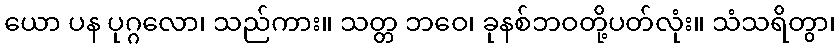
ယော ပန ပုဂ္ဂလော၊ သည်ကား။ သတ္တ ဘဝေ၊ ခုနစ်ဘဝတို့ပတ်လုံး။ သံသရိတွာ၊